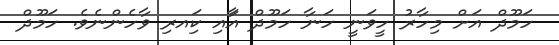
ހަމޫދް އަށް މިހާރު ހީވަނީ ހަނާ ހަމޫދް އަާއި ކަިއރި ވާހެންނެވެ. ހަމޫދް